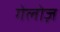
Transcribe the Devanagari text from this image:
गेलोज़